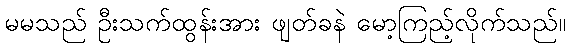
မမသည် ဦးသက်ထွန်းအား ဖျတ်ခနဲ မော့ကြည့်လိုက်သည်။